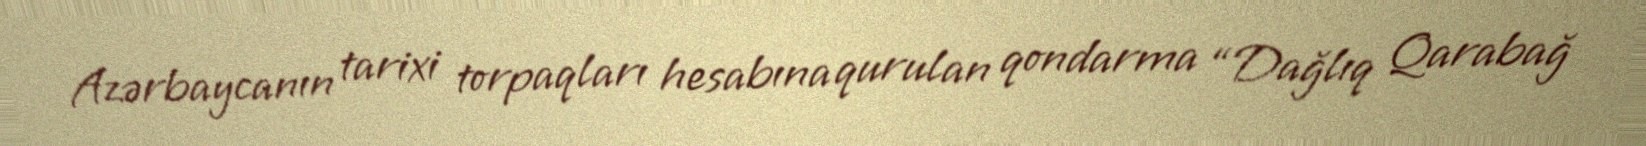
Azərbaycanın tarixi torpaqları hesabına qurulan qondarma “Dağlıq Qarabağ